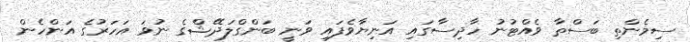
ސިމެންތި ބަސްތާ ވެއްޓުނު ހާދިސާގައި އަނިޔާވެފައި ވަނީ ބަންގްލަދޭޝްގެ ނުވަ އަހަރުގެ އަންހެން